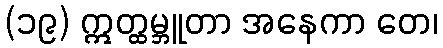
(၁၉) ဣတ္ထမ္ဘူတာ အနေကာ တေ၊